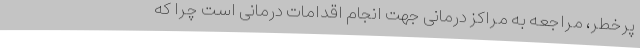
پرخطر، مراجعه به مراکز درمانی جهت انجام اقدامات درمانی است چرا که